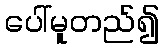
ပေါ်မူတည်၍